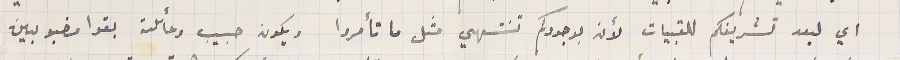
اي لبعد تشريفكم للقبيات لأنه بوجودكم تنتهي مثل ما تأمروا ويكون حبيب وعائلته بقوا مضبوبين